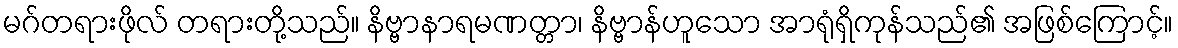
မဂ်တရားဖိုလ် တရားတို့သည်။ နိဗ္ဗာနာရမဏတ္တာ၊ နိဗ္ဗာန်ဟူသော အာရုံရှိကုန်သည်၏ အဖြစ်ကြောင့်။